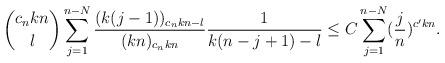
LaTeX: \begin{align*}\binom{c_nkn}l\sum_{j=1}^{n-N}\frac{(k(j-1))_{c_nkn-l}}{(kn)_{c_nkn}}\frac 1{k(n-j+1)-l}\le C\sum_{j=1}^{n-N}(\frac jn)^{c'kn}.\end{align*}